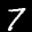
Label: 7